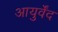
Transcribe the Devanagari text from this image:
आयुर्वेंद